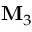
{ { \bf { M } } _ { 3 } }